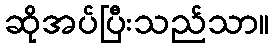
ဆိုအပ်ပြီးသည်သာ။